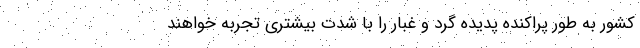
کشور به طور پراکنده پدیده گرد و غبار را با شدت بیشتری تجربه خواهند